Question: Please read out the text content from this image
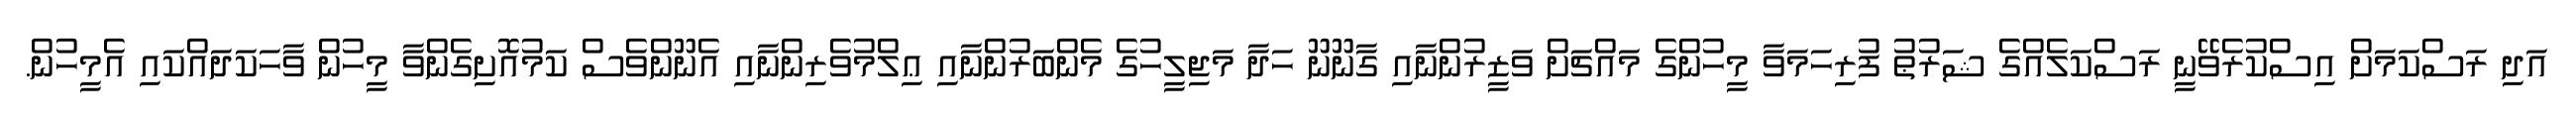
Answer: އަދި ރަސްކަމަށް އިސްކުރެވޭނީ ރަސްކަލެއްގެ ޝަރުޠު ފުރިހަމަވާ މީހުންގެ މައްޗަށް ވަޒީރުންނާއި ގާނޫނޫ ހަދާ މަޖިލީހުގެ މެންބަރުންނާއި ޢިލްމުވެރިންނާއި އެނޫންވެސް ކަމުއޮށިގެންވާ މީހުން ވާހަކަދައްކައި އެމީހުން.